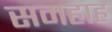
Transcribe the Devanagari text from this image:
समहाह